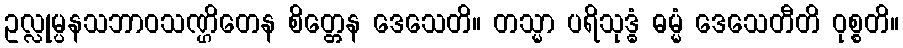
ဥလ္လုမ္ပနသဘာဝသဏ္ဌိတေန စိတ္တေန ဒေသေတိ။ တသ္မာ ပရိသုဒ္ဓံ ဓမ္မံ ဒေသေတီတိ ဝုစ္စတိ။